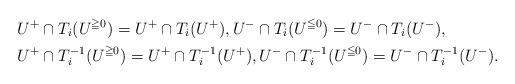
\begin{align*}&U^+\cap T_i(U^{\geqq0})=U^+\cap T_i(U^+),U^-\cap T_i(U^{\leqq0})=U^-\cap T_i(U^-),\\&U^+\cap T_i^{-1}(U^{\geqq0})=U^+\cap T_i^{-1}(U^+),U^-\cap T_i^{-1}(U^{\leqq0})=U^-\cap T_i^{-1}(U^-).\end{align*}